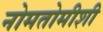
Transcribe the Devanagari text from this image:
नोमतोमीशी